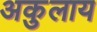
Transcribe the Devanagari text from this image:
अकुलाय